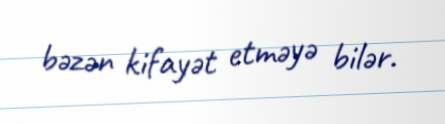
bəzən kifayət etməyə bilər.